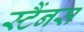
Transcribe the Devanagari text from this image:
स्टैंनस